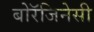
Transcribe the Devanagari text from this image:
बोरॅजिनेसी